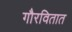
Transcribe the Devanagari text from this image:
गौरवितात